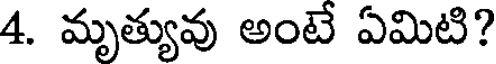
4. మృత్యువు అంటే ఏమిటి?